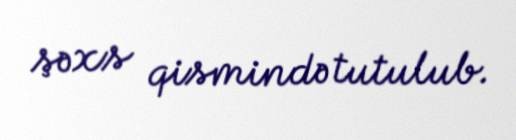
şəxs qismində tutulub.